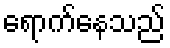
ရောက်နေသည်